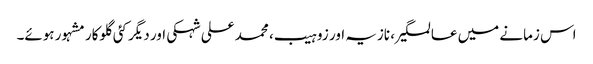
اس زمانے میں عالمگیر، نازیہ اور زوہیب، محمد علی شہکی اور دیگر کئی گلوکار مشہور ہوئے۔